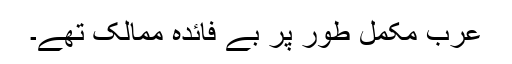
عرب مکمل طور پر بے فائدہ ممالک تھے۔